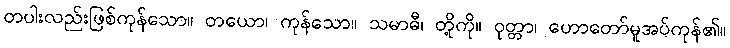
တပါးလည်းဖြစ်ကုန်သော။ တယော၊ ကုန်သော။ သမာဓီ၊ တို့ကို။ ဝုတ္တာ၊ ဟောတော်မူအပ်ကုန်၏။